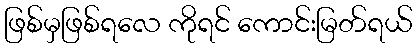
ဖြစ်မှဖြစ်ရလေ ကိုရင် ကောင်းမြတ်ရယ်